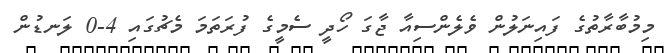
މިމުބާރާތުގެ ފައިނަލުން ވެލެންސިއާ ޖާގަ ހޯދީ ސެމީގެ ފުރަތަމަ މެޗުގައި 4-0 ލަނޑުން